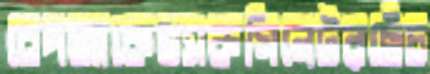
বেপজাকেভ্যাকসিনেটরছেঁচ